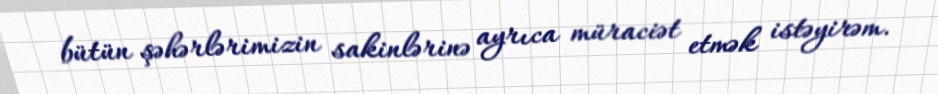
bütün şəhərlərimizin sakinlərinə ayrıca müraciət etmək istəyirəm.